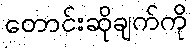
တောင်းဆိုချက်ကို